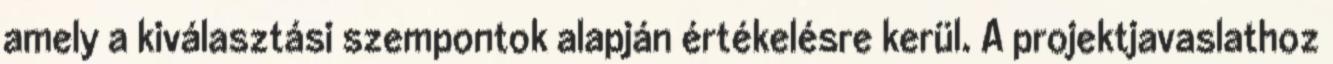
amely a kiválasztási szempontok alapján értékelésre kerül. A projektjavaslathoz